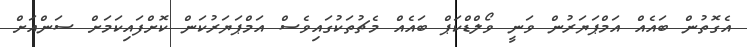
އެގޮތުން ބައެއް އަމްޕަޔަރުން ވަނީ ވޯލްޑްކަޕް ބައެއް މެޗުތަކުގައިވެސް އަމްޕަޔަރުކަން ކޮށްފައިކަމަށް ސަންއަށް